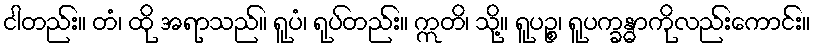
ငါတည်း။ တံ၊ ထို အရာသည်။ ရူပံ၊ ရုပ်တည်း။ ဣတိ၊ သို့။ ရူပဉ္စ၊ ရူပက္ခန္ဓာကိုလည်းကောင်း။